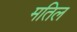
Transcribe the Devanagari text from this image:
मतिल